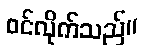
ဝင်လိုက်သည်။